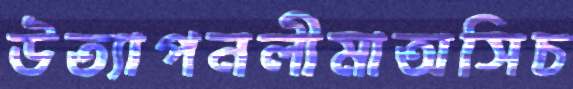
উত্যাপনলীমাঅসিচ